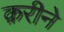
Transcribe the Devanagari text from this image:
क़रीने